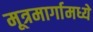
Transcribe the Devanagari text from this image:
मूत्रमार्गामध्ये